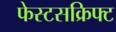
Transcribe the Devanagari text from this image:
फेस्टसक्रिफ्ट